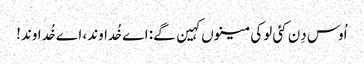
اُوس دِن کئی لوکی مینوں کہین گے: اے خُداوند، اے خُداوند!